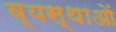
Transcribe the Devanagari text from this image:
व्यस्थाओं